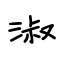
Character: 淑